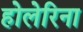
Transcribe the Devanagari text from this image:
होलेरिना